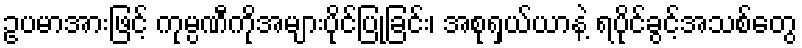
ဥပမာအားဖြင့် ကုမ္ပဏီကိုအများပိုင်ပြုခြင်း၊ အစုရှယ်ယာနဲ့ ရပိုင်ခွင့်အသစ်တွေ